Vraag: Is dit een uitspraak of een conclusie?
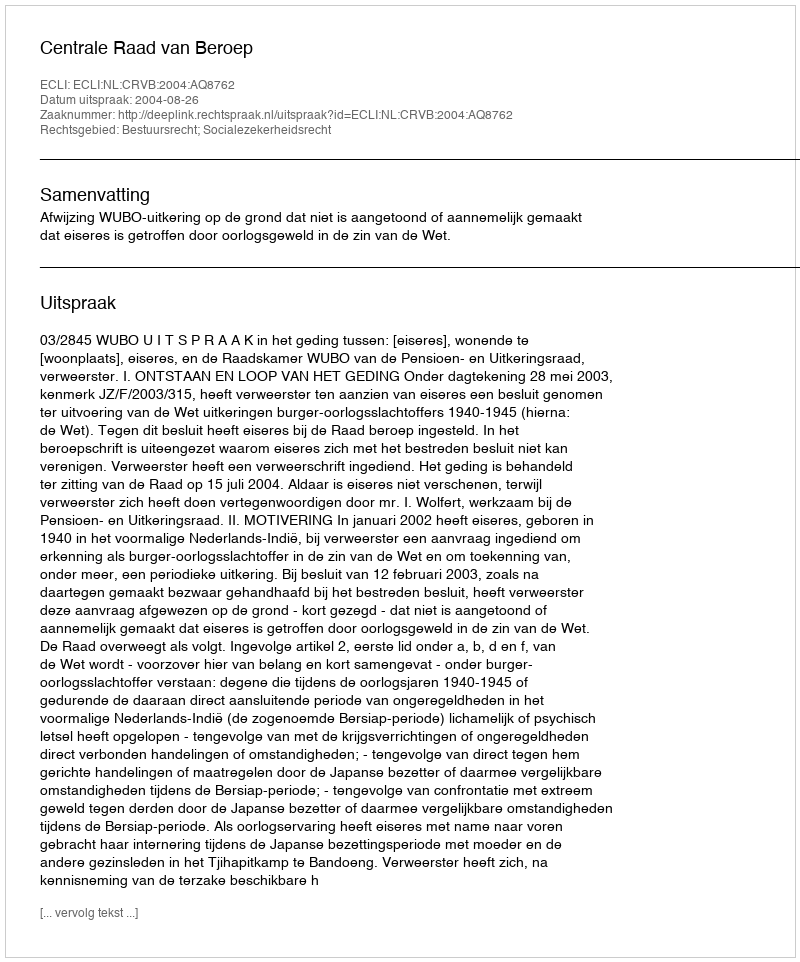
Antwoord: Uitspraak